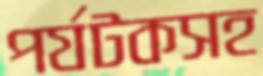
পর্যটকসহ